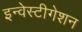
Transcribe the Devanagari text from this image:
इन्वेस्टीगेशन